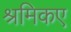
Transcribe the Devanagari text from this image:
श्रमिकए